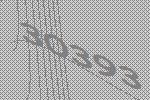
30393